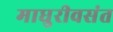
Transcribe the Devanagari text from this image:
माधुरीवसंत